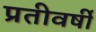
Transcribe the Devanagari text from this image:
प्रतीवर्षी